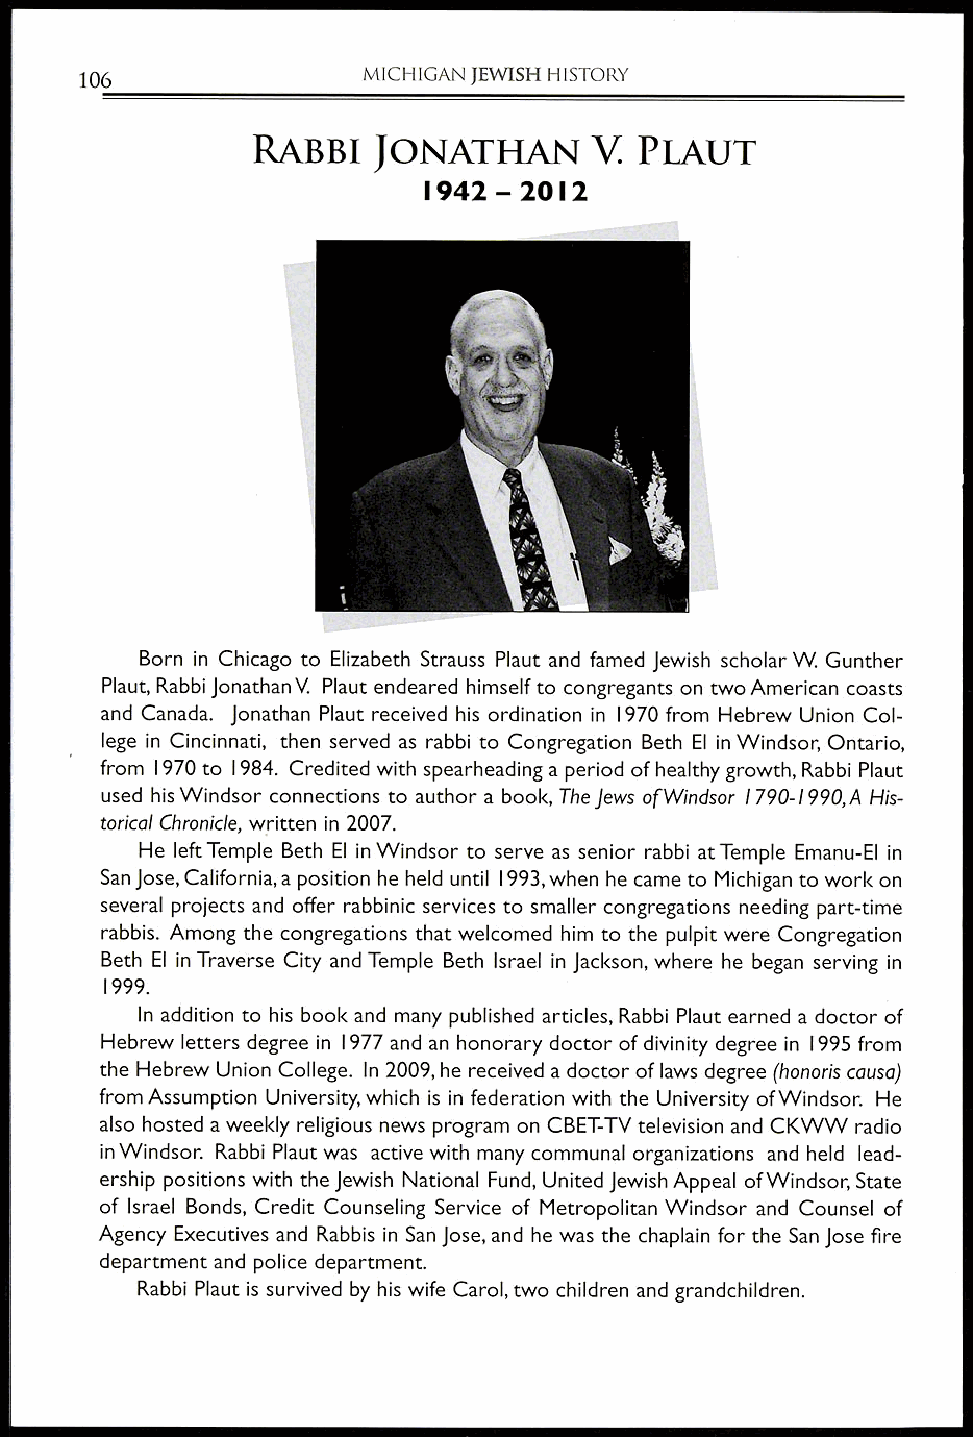
MICHIGAN JEWISH HISTORY
 106
 RABBI   JONATHAN      V. PLAUT
 1942  2012
 Born in Chicago to Elizabeth Strauss Plaut and famed Jewish scholar W. Gunther
 Plaut, Rabbi Jonathan V. Plaut endeared himself to congregants on two American coasts
 and Canada. Jonathan Plaut received his ordination in 1970 from Hebrew Union Col-
 lege in Cincinnati, then served as rabbi to Congregation Beth El in Windsor, Ontario,
 from 1970 to 1984. Credited with spearheading a period of healthy growth, Rabbi Plaut
 used his Windsor connections to author a book, The Jews of Windsor 1790 1990,A His-
 -
 torical Chronicle, written in 2007.
 He left Temple Beth El in Windsor to serve as senior rabbi at Temple Emanu-El in
 San Jose, California, a position he held until 1993, when he came to Michigan to work on
 several projects and offer rabbinic services to smaller congregations needing part-time
 rabbis. Among the congregations that welcomed him to the pulpit were Congregation
 Beth El in Traverse City and Temple Beth Israel in Jackson, where he began serving in
 1999.
 In addition to his book and many published articles, Rabbi Plaut earned a doctor of
 Hebrew letters degree in 1977 and an honorary doctor of divinity degree in 1995 from
 the Hebrew Union College. In 2009, he received a doctor of laws degree (honoris causa)
 from Assumption University, which is in federation with the University of Windsor. He
 also hosted a weekly religious news program on CBET-TV television and CKVVVV radio
 in Windsor. Rabbi Plaut was active with many communal organizations and held lead-
 ership positions with the Jewish National Fund, United Jewish Appeal of Windsor, State
 of Israel Bonds, Credit Counseling Service of Metropolitan Windsor and Counsel of
 Agency Executives and Rabbis in San Jose, and he was the chaplain for the San Jose fire
 department and police department.
 Rabbi Plaut is survived by his wife Carol, two children and grandchildren.